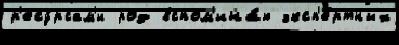
р'есу́рсам'и род вспом'ина́ю эксп'е́ртных